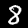
Digit: 8